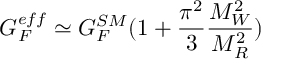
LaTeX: G _ { F } ^ { e f f } \simeq G _ { F } ^ { S M } ( 1 + \frac { \pi ^ { 2 } } { 3 } \frac { M _ { W } ^ { 2 } } { M _ { R } ^ { 2 } } )